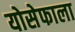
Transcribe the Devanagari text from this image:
योसेफाला